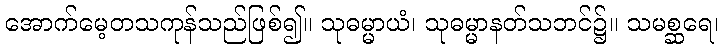
အောက်မေ့တသကုန်သည်ဖြစ်၍။ သုဓမ္မာယံ၊ သုဓမ္မာနတ်သဘင်၌။ သမစ္ဆရေ၊